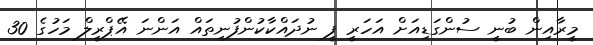
މީރާއިން ބުނީ ސުންގަޑިއަށް އަހަރީ ފީ ނުދައްކާކުންފުނިތައް އަންނަ އޭޕްރީލް މަހުގެ 30